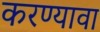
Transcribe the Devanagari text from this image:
करण्यावा